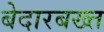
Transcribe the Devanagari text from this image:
बेदारबख्त